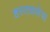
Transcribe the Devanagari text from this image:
हस्तकलेचा